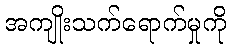
အကျိုးသက်ရောက်မှုကို